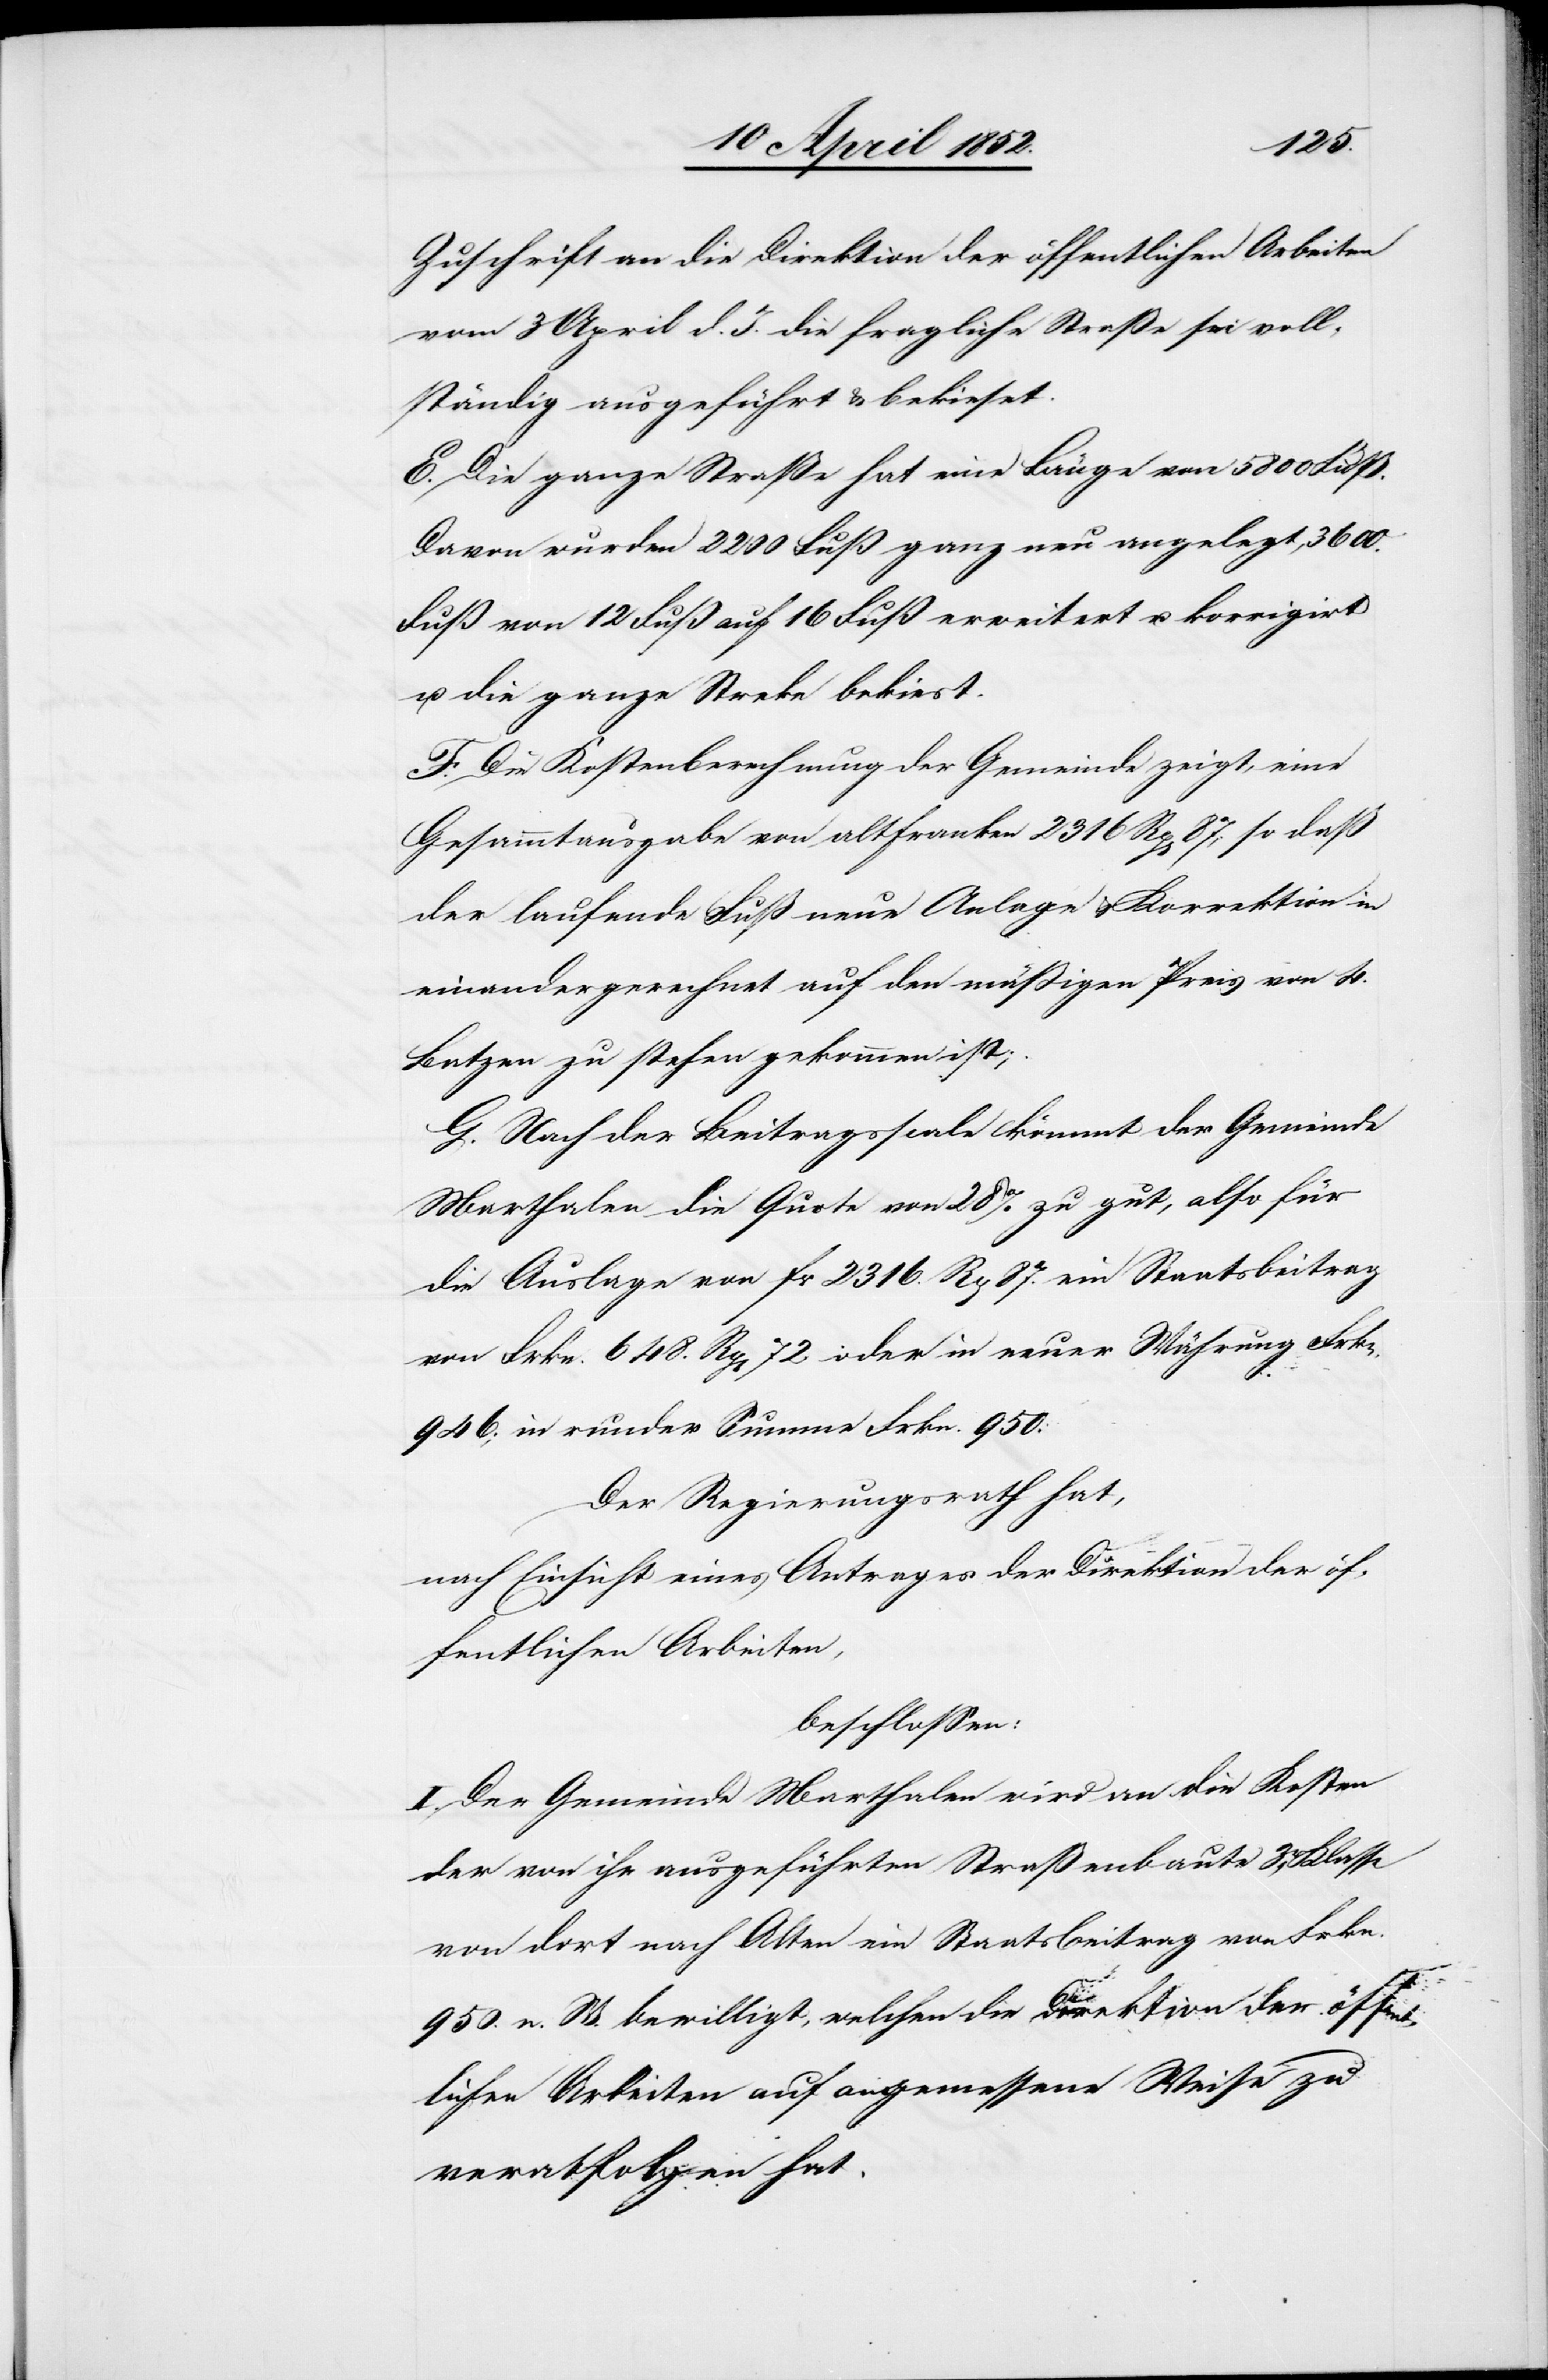
Zuschrift an die Direktion der öffentlichen Arbeiten
vom 3 April d. J. die fragliche Straße sei voll¬
ständig ausgeführt & bekieset.
E. Die ganze Straße hat eine Länge von 5800 Fuß.
Davon wurden 2200 Fuß ganz neu angelegt, 3600.
Fuß von 12 Fuß auf 16 Fuß erweitert u. korrigirt
u. die ganze Streke bekiest.
F. Die Kostenberechnung der Gemeinde zeigt, eine
Gesammtausgabe von alt Franken 2316 Rp[en] 87; so daß
der laufende Fuß neue Anlage & Korrektion in
einandergerechnet auf den mässigen Preis von 4.
Batzen zu stehen gekommen ist;
G. Nach der Beitragsscale kömmt der Gemeinde
Marthalen die Quote von 287. zu gut, also für
die Auslage von Fr 2316. Rp 87. ein Staatsbeitrag
von Frkn. 648. Rp[en] 72 oder in neuer Währung Frkn.
946; in runder Summe Frkn. 950.
Der Regierungsrath hat,
nach Einsicht eines Antrages der Direktion der öf¬
fentlichen Arbeiten,
beschlossen:
I. Der Gemeinde Marthalen wird an die Kosten
der von ihr ausgeführten Straßenbaute 3r. Klasse
von dort nach Alten ein Staatsbeitrag von Frkn.
950. n. W. bewilligt, welchen die Direktion der öffent¬
lichen Arbeiten auf angemessene Weise zu
verabfolgen hat.